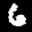
Label: 6